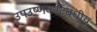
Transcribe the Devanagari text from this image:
उपउष्णकटिबंधीय